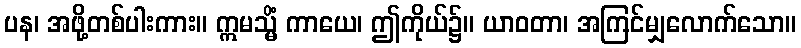
ပန၊ အဖို့တစ်ပါးကား။ ဣမသ္မိံ ကာယေ၊ ဤကိုယ်၌။ ယာဝတာ၊ အကြင်မျှလောက်သော။